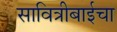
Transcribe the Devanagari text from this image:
सावित्रीबाईचा